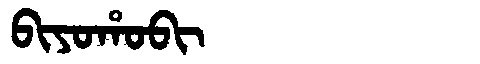
Manchu: ᠪᡳᠶᠣᡥᠣᠪᡳ
Romanization: BIYOHOBI